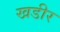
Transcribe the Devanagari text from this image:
खडीर